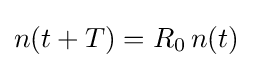
n(t+T)=R_{0}\,n(t)